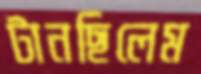
টানছিলেম